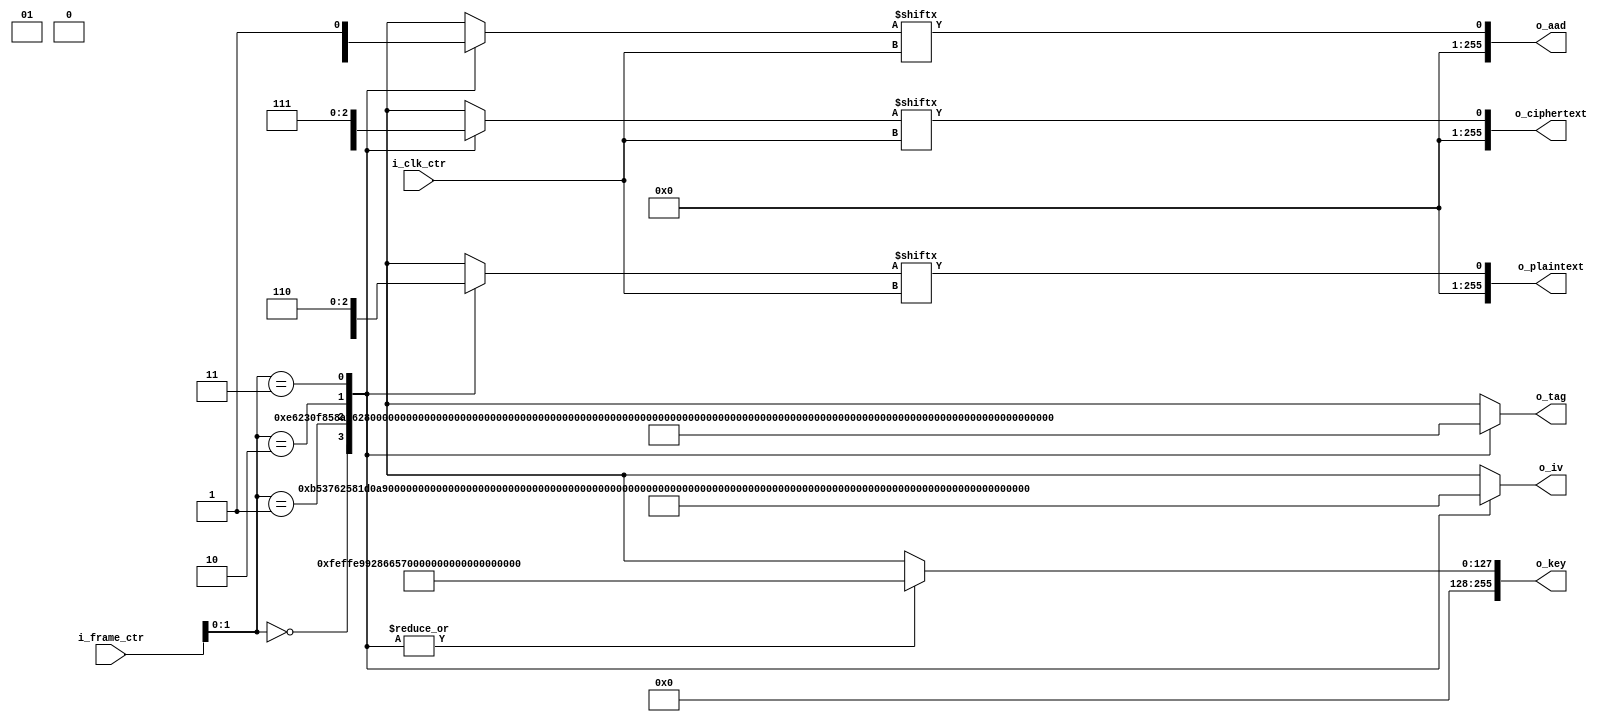
module gcm_aes_test_vector
#(
     //PARAMETERS.
     parameter       NB_BLOCK      =   128                      ,
     parameter       N_BLOCKS      =   2                        ,
     parameter       NB_DATA       =   N_BLOCKS*NB_BLOCK        ,
     parameter       NB_CLK_CTR    =   10                       ,
     parameter       LOG2_FRAMES   =   4
)
(
     // OUTPUTS.
     output  wire    [ NB_DATA-1:0       ]       o_key          ,
     output  wire    [ NB_BLOCK-1:0      ]       o_iv           ,
     output  wire    [ NB_DATA-1:0       ]       o_aad          ,
     output  wire    [ NB_DATA-1:0       ]       o_plaintext    ,
     output  wire    [ NB_DATA-1:0       ]       o_ciphertext   ,
     output  wire    [ NB_BLOCK-1:0      ]       o_tag          ,
     // INPUTS.
     input   wire    [ NB_CLK_CTR-1:0    ]       i_clk_ctr      ,
     input   wire    [ LOG2_FRAMES-1:0   ]       i_frame_ctr
);

// LOCALPARAMETERS.
// ----------------------------------------------------------------------------------------------------
// none so far

// INTERNAL SIGNALS.
// ----------------------------------------------------------------------------------------------------
wire     [ NB_BLOCK-1:0  ]           key         [ LOG2_FRAMES-1:0 ] ;
wire     [ NB_BLOCK-1:0  ]           iv          [ LOG2_FRAMES-1:0 ] ;
wire     [ NB_BLOCK-1:0  ]           aad         [ LOG2_FRAMES-1:0 ] ;
wire     [ NB_BLOCK-1:0  ]           plaintext   [ LOG2_FRAMES-1:0 ] ;
wire     [ NB_BLOCK-1:0  ]           ciphertext  [ LOG2_FRAMES-1:0 ] ;
wire     [ NB_BLOCK-1:0  ]           tag         [ LOG2_FRAMES-1:0 ] ;

// FRAME No. 0
// ===================================================================================================
assign   key[0]             =   256'hfeffe9928665731c6d6a8f9467308308feffe9928665731c6d6a8f9467308308;
assign   iv[0]              =   96'hb53762581d0a8e086d499caf;
assign   aad[0][0]          =   256'hcc26245b40cb0a647c7027c1201f743534e2a7cb7b142e2f12bd239ed3e869a4;
assign   tag[0]             =   128'he6230f858af62a7f27fbc1f98ef7aa8b;


// FRAME No. 1
// ===================================================================================================
assign   key[1]             =   256'hfeffe9928665731c6d6a8f9467308308feffe9928665731c6d6a8f9467308308;
assign   iv[1]              =   96'hc84c37e8e87ab06fd03e6d4e;
assign   aad[1][0]          =   256'h4d9cf2411bc08ae851024905fd34a70d007d1397bc25cb8a74c178d324ed46fa;
assign   plaintext[1][0]    =   128'h45d1a118b1b77de7d12313b2807d23a7;
assign   ciphertext[1][0]   =   128'hf9f58d836cbd843f59ca0ffc71bb1fb0;
assign   tag[1]             =   128'h44792e69d59427406e91400f9952943c;


// FRAME No. 2
// ===================================================================================================
assign   key[2]             =   256'hfeffe9928665731c6d6a8f9467308308feffe9928665731c6d6a8f9467308308;
assign   iv[2]              =   96'h0e2b22aa6b7ef8358e445b8e;
assign   aad[2][0]          =   256'h22d76473223361d310b7ff156ea52c7b03a621ae806eac36d85c93a1c4bd7306;
assign   plaintext[2][0]    =   128'ha50288915136b1fb4ef126302b113241;
assign   plaintext[2][1]    =   128'hb3049626f454de0b4dca811594155e63;
assign   ciphertext[2][0]   =   128'h7c29938f6b9f1eab22d167944cd90967;
assign   ciphertext[2][1]   =   128'h2e9d78383327f1c6941bb3e7c4dce9c2;
assign   tag[2]             =   128'h89413943d4b95a968fda4ebbbf76774b;


// FRAME No. 3
// ===================================================================================================
assign   key[3]             =   256'hfeffe9928665731c6d6a8f9467308308feffe9928665731c6d6a8f9467308308;
assign   iv[3]              =   96'h5e766a32f3bda8c8382a4c0d;
assign   aad[3][0]          =   256'h443cbad5de4563192b9367db9e17c6addb3e2233dea29c21a00ff4a71b8d10db;
assign   plaintext[3][0]    =   128'hee26b7a7a2708ac13f784ccc430cfeba;
assign   plaintext[3][1]    =   128'h823ca0574017bb306e58511deb9b696b;
assign   plaintext[3][2]    =   128'h3a182c473f33e51ef8f8eef96a54bbb1;
assign   ciphertext[3][0]   =   128'h352e6125531700b61813ff7fda6fcc7f;
assign   ciphertext[3][1]   =   128'h1a373159761864c2af934ebf01ea8907;
assign   ciphertext[3][2]   =   128'hc12479e7d34ae73f81e780ac0e85485b;
assign   tag[3]             =   128'hc2a8d671bf77b3e359e4f0ff824f6a7b;


// FRAME No. 4
// ===================================================================================================
assign   key[4]             =   256'hfeffe9928665731c6d6a8f9467308308feffe9928665731c6d6a8f9467308308;
assign   iv[4]              =   96'h727bb2ed57bd61e4dcd4ba5c;
assign   aad[4][0]          =   256'h211e4d3e8047be2baf9056ca6fef9cb9c189e4acc1872b7453c09235bae18257;
assign   plaintext[4][0]    =   128'h64c7ef624fadb225d73c3470b4a3fb65;
assign   plaintext[4][1]    =   128'h7fec778f6481a321f839abdf0b48f291;
assign   plaintext[4][2]    =   128'hcd0d665e4f844def6dace19795f6f7cd;
assign   plaintext[4][3]    =   128'hb4a4bff1e2405ba149550f0fd6256687;
assign   ciphertext[4][0]   =   128'h5e79a3344a47281a3d78f35aef84a7f4;
assign   ciphertext[4][1]   =   128'hdeea21b4850040e0f8c9355ffcce889d;
assign   ciphertext[4][2]   =   128'hc021c54d0b389ea0a950481024374f4b;
assign   ciphertext[4][3]   =   128'hcacfa65e7ff0cbd551e098fddef81964;
assign   tag[4]             =   128'hbdaa4c00f0c7ad913760f2d5551377d2;


// FRAME No. 5
// ===================================================================================================
assign   key[5]             =   256'hfeffe9928665731c6d6a8f9467308308feffe9928665731c6d6a8f9467308308;
assign   iv[5]              =   96'h26934de8e4df66727609a887;
assign   aad[5][0]          =   256'h41ceeb5ba1e80f9901cad08d29509158eb6ebb02b492c8abe1bb2e6b5b058285;
assign   plaintext[5][0]    =   128'hdfe2102b927af45167f3968c77b19778;
assign   plaintext[5][1]    =   128'hd0f7a396a42c4b04b23f1b27a90c9d4c;
assign   plaintext[5][2]    =   128'h23bdc953beba4067ddfdebce4ae26e17;
assign   plaintext[5][3]    =   128'h67243217f6d3ef45ce84529ade65e22a;
assign   plaintext[5][4]    =   128'hc8b160e63e2fb30ccdfd09a5082a49be;
assign   ciphertext[5][0]   =   128'h2f8a7388c5afeff709fca4eb9ac28392;
assign   ciphertext[5][1]   =   128'h77e038bf397c72844caba20a3e7b8bbf;
assign   ciphertext[5][2]   =   128'h21752c1d97fbe1bf4faa92080e0b2690;
assign   ciphertext[5][3]   =   128'h17774509e379c676b172be00f465397c;
assign   ciphertext[5][4]   =   128'h55799f9f832bbe1583c479cf20e623a7;
assign   tag[5]             =   128'h0a7b2d1f233e408e2e51fb1a4f8b665a;


// FRAME No. 6
// ===================================================================================================
assign   key[6]             =   256'hfeffe9928665731c6d6a8f9467308308feffe9928665731c6d6a8f9467308308;
assign   iv[6]              =   96'hf31e699c5aa3ccdc7a18b6e8;
assign   aad[6][0]          =   256'h45c49a552b63bc96e81c890f5b358425b766313aad33eab8e9a0c50d747e50e6;
assign   plaintext[6][0]    =   128'h8fdb1b5a1bce1ae170568cc0f23735a8;
assign   plaintext[6][1]    =   128'h0b115e00c98f4559929993a99a544277;
assign   plaintext[6][2]    =   128'he1c19db37337afc2d010937d20ddbc04;
assign   plaintext[6][3]    =   128'h406c961f070e6a2e041f4e90edece4d1;
assign   plaintext[6][4]    =   128'h018bde6c5ae743b8a2ec64bf5582ddbe;
assign   plaintext[6][5]    =   128'h7b34b10e90d9c59a8b73603fe57420aa;
assign   ciphertext[6][0]   =   128'h9d91855eab3a3a38e0ca3d97c4375fdf;
assign   ciphertext[6][1]   =   128'h17cc2163c26f0abf41d5e6a7740f00bc;
assign   ciphertext[6][2]   =   128'h085b9d102aaed565a1fb0766ebb5f56f;
assign   ciphertext[6][3]   =   128'h08c23df014f6fb436a0695345afc9ab9;
assign   ciphertext[6][4]   =   128'h9ca642ca767beb50e7223f66e1159639;
assign   ciphertext[6][5]   =   128'h0ddfdbc311f8c3b33e8a58ea62359fe8;
assign   tag[6]             =   128'he918d946e4de0e7218b86803f48b81e8;


// FRAME No. 7
// ===================================================================================================
assign   key[7]             =   256'hfeffe9928665731c6d6a8f9467308308feffe9928665731c6d6a8f9467308308;
assign   iv[7]              =   96'h22a5247190727744429e0576;
assign   aad[7][0]          =   256'h4e787163098768315d4c031a23c6b1ec9e21a765f939dfa4bbe1d162ae173ce9;
assign   plaintext[7][0]    =   128'hab942c68dd3123d1a1067e27b63da23a;
assign   plaintext[7][1]    =   128'he6bac8ed732b33943d9e9759ac19dfc1;
assign   plaintext[7][2]    =   128'h549c9886af6ab059fd0690c81569e015;
assign   plaintext[7][3]    =   128'h89bfca971e03717ad3ee6140cf6e2f1e;
assign   plaintext[7][4]    =   128'h6a739cd13e42b0a8b7eba20f3f70ba0c;
assign   plaintext[7][5]    =   128'h64f3475b3ad449bb3f0a4eee006fc292;
assign   plaintext[7][6]    =   128'hd713e79c00dc1e75b9b6fcc565a4ac4c;
assign   ciphertext[7][0]   =   128'hf7cdc053adcc38b5693408729bbf2c90;
assign   ciphertext[7][1]   =   128'h37b4bfa1a219f5c9ed6fc96aff86cef5;
assign   ciphertext[7][2]   =   128'h7d025aeaa03dc5dc2161f2e1bd740b78;
assign   ciphertext[7][3]   =   128'h056e1e874b2386a8e3de413794657680;
assign   ciphertext[7][4]   =   128'h89e05a389d7db91d8362edf57b2dd9b6;
assign   ciphertext[7][5]   =   128'h99ef7866bba052a8ff49f32daeea8847;
assign   ciphertext[7][6]   =   128'h4f9e21eea2d2d4f940bb81942732c596;
assign   tag[7]             =   128'h30202ad7427801882bd22782616c5d66;


// FRAME No. 8
// ===================================================================================================
assign   key[8]             =   256'hfeffe9928665731c6d6a8f9467308308feffe9928665731c6d6a8f9467308308;
assign   iv[8]              =   96'he8c36caa3012de50bfc75ea7;
assign   aad[8][0]          =   256'hd6d6d435d43fc7556fe08a1df914011c542644ad1901b6eca03a8074aaba61c7;
assign   plaintext[8][0]    =   128'h235e9199cf2b8480ab91341ea32738f4;
assign   plaintext[8][1]    =   128'h0e174f7c4989cf45e764495f90ed15c8;
assign   plaintext[8][2]    =   128'h561e074a6387e144881b169d3f50b96f;
assign   plaintext[8][3]    =   128'hf98edc0675660f8308503409770423fa;
assign   plaintext[8][4]    =   128'hbf6f6195d25aa1729df34cc0d1ec1e15;
assign   plaintext[8][5]    =   128'h6c3bbc4c9815fc38234176d680414518;
assign   plaintext[8][6]    =   128'h7bafc23e4b7bd69db2e3b9a2fbd6fde8;
assign   plaintext[8][7]    =   128'h12f65910200dea7f07ab65d0612086f1;
assign   ciphertext[8][0]   =   128'h2b1e975767e217532bb5ebd9d108f257;
assign   ciphertext[8][1]   =   128'h82392fc3d87c68db407f875f4dec69d2;
assign   ciphertext[8][2]   =   128'h15443c3949633ea845139ed9d50b3396;
assign   ciphertext[8][3]   =   128'h62b7f0b243f0a113e006cd2366895d26;
assign   ciphertext[8][4]   =   128'h3469bbae7ba791964f77c0181f4161ae;
assign   ciphertext[8][5]   =   128'ha07ae90712757bfb8ea8e61ac38655c5;
assign   ciphertext[8][6]   =   128'h46390529f2a6dfb77dc41ad9962c2171;
assign   ciphertext[8][7]   =   128'h59a8a2e9e42d2e4fdd66543d92582b93;
assign   tag[8]             =   128'hac57b0235d95cca217f7e2f54031fac1;


// FRAME No. 9
// ===================================================================================================
assign   key[9]             =   256'hfeffe9928665731c6d6a8f9467308308feffe9928665731c6d6a8f9467308308;
assign   iv[9]              =   96'h14cdb572f78c70c082a7dd02;
assign   aad[9][0]          =   256'h17dd6d04a03ab2069362b8d9c1286329948ae25a2058df04d2f790dc98cbc011;
assign   plaintext[9][0]    =   128'hac8bf7f02a18627fd9a2f77efd6ab4dc;
assign   plaintext[9][1]    =   128'h7b0dcf1eaf4bd5c6b56b3629abc12ccc;
assign   plaintext[9][2]    =   128'h9ed8972b49176ec6b430b189553c40d2;
assign   plaintext[9][3]    =   128'h84744ec2e5fe99c2984e0dc3ed4316f6;
assign   plaintext[9][4]    =   128'h8177e9d04a93be3602f454b8dc538195;
assign   plaintext[9][5]    =   128'hd8f2dab943d5eecee5f721084c28dcac;
assign   plaintext[9][6]    =   128'hdf34831eb046e61d2c038d4448bcb12d;
assign   plaintext[9][7]    =   128'h59c4ab7edca58716c81fabaffe1d6d2e;
assign   plaintext[9][8]    =   128'hd113715c58be2e0e0a608d3dde55b655;
assign   ciphertext[9][0]   =   128'h732402dc086a4e93a33969c9352f1e02;
assign   ciphertext[9][1]   =   128'hc1333d725b4a040abf8fccb5a3c14c57;
assign   ciphertext[9][2]   =   128'h27528729c3b5cf0e833777dd0b59b069;
assign   ciphertext[9][3]   =   128'h75af24c3e696fa280d000d17ba7a88f3;
assign   ciphertext[9][4]   =   128'h0f90b6881abf842f2eeaf055b5961b39;
assign   ciphertext[9][5]   =   128'hfe33dd9855befcce8c3c68281576ac4e;
assign   ciphertext[9][6]   =   128'hc0cdadb0f096dab07dd842eb5e011dba;
assign   ciphertext[9][7]   =   128'h7064ab3efe502d62e7d8620f6705eb57;
assign   ciphertext[9][8]   =   128'hade7d57cc31c13a1ab5a2a58359693f1;
assign   tag[9]             =   128'hd377689b3a39ec2da9c504e9d85bbabc;


// FRAME No. 10
// ===================================================================================================
assign   key[10]             =   256'h3006bef2467a4647859447c777ccb9a52c0b2ff75cc0974eda09e35a6bd0d909;
assign   iv[10]              =   96'hc31ec204828f9095e54f03b9;
assign   aad[10][0]          =   256'h26fd12b232c4ed4f1c20fe04f9b25a6b775e3155b77c688de9626004db77ea22;
assign   plaintext[10][0]    =   128'hb488e14d33184db46e7c8731ebb9df85;
assign   plaintext[10][1]    =   128'hbe0b7da213ec669c994756564afdf2f7;
assign   plaintext[10][2]    =   128'hb4d3795f94e3cffd574e4191715e2bef;
assign   plaintext[10][3]    =   128'hb4cede0448e21472eb170b2005675d8f;
assign   plaintext[10][4]    =   128'ha7f0fd80d79e8910d7368af92792e755;
assign   plaintext[10][5]    =   128'h33509f283359e2c26fbb9bcdc09ab608;
assign   plaintext[10][6]    =   128'h67784305cebfe2940d2d5d57d1f7af16;
assign   plaintext[10][7]    =   128'h28adb2786c31acc2b2ef2a7fc6237e3b;
assign   plaintext[10][8]    =   128'h071503fd1f6171d1770a7b75dc4d00f3;
assign   plaintext[10][9]    =   128'h5edbe4f98202cd95b46bb7fa1794aa89;
assign   ciphertext[10][0]   =   128'h2701cc86a1e973d8e8fa8bd80b5fb0bc;
assign   ciphertext[10][1]   =   128'h67e358194633404679d16a5290f3ba97;
assign   ciphertext[10][2]   =   128'hc2a394cbdeaa1a2807cbcc28bf37eb00;
assign   ciphertext[10][3]   =   128'h737654deb87a38c9e06f65f6833b064d;
assign   ciphertext[10][4]   =   128'h1523adc0ab180b06eb6a46a9a40cb481;
assign   ciphertext[10][5]   =   128'h628a227f3a0dcda72e3177af2f8da552;
assign   ciphertext[10][6]   =   128'hec271f5e633f8b52cf8a4b2ac81015de;
assign   ciphertext[10][7]   =   128'h5ab54b49d704c2ec17d87845b79b2f66;
assign   ciphertext[10][8]   =   128'h7214c37b76f3323d2388ef2537f99914;
assign   ciphertext[10][9]   =   128'h8c9978c414c506c7a03684d2101792a6;
assign   tag[10]             =   128'h88f6aa38f1abf9e5edeb29f65f417419;


// FRAME No. 11
// ===================================================================================================
assign   key[11]             =   256'h3006bef2467a4647859447c777ccb9a52c0b2ff75cc0974eda09e35a6bd0d909;
assign   iv[11]              =   96'h6d1389551ab8e0217ad6c2c5;
assign   aad[11][0]          =   256'h13415a068cea071e45e10c65326083be0cf25e36f843560b73f6d82eae1e6fe6;
assign   plaintext[11][0]    =   128'h15cbbb47f162884b28620b96e19286ad;
assign   plaintext[11][1]    =   128'h5358a66480150542c79a0cc78197b652;
assign   plaintext[11][2]    =   128'h56b3fdc11606a5ae9e9f927e79f2dffb;
assign   plaintext[11][3]    =   128'h2ff65e6652bf0c14840e397a50c73162;
assign   plaintext[11][4]    =   128'h8eff70405baa48b43048131079d6e458;
assign   plaintext[11][5]    =   128'h08251cff14101ec5cf0f590fa54475a9;
assign   plaintext[11][6]    =   128'hb0879c71b87118384f121231519fe357;
assign   plaintext[11][7]    =   128'hcc6f56455e8957972de9c468ae2cf5e6;
assign   plaintext[11][8]    =   128'haf923b4ed9ca51272ff4a79adebc0bf2;
assign   plaintext[11][9]    =   128'h0b70df4cbeb899fa821b83ae3f42da7a;
assign   plaintext[11][10]    =   128'h67b2cf0f40842904b15513d894ff1386;
assign   ciphertext[11][0]   =   128'h41ba408746474aaef94126d63d581ef5;
assign   ciphertext[11][1]   =   128'ha9d913f82f89c264163d9b55808418b0;
assign   ciphertext[11][2]   =   128'hcc5f74d6c41822537e6fb602700d69bc;
assign   ciphertext[11][3]   =   128'hd11c238c9e2be4a50cfee3704cafeef9;
assign   ciphertext[11][4]   =   128'h99e6fa70709ef3c27c5d56d5a6ab591c;
assign   ciphertext[11][5]   =   128'hb2215ac4e401be70ec3bf318a113a7cf;
assign   ciphertext[11][6]   =   128'h39370b01ee1e3b6b80e3a93baa5b91c4;
assign   ciphertext[11][7]   =   128'hf1bfa163a4bab562ab065cd5c58d9e6a;
assign   ciphertext[11][8]   =   128'h3889640569c396010baab93993f75011;
assign   ciphertext[11][9]   =   128'h29e197a6f046ed61b1f28a78867f2bb7;
assign   ciphertext[11][10]   =   128'h08b763e4a1edf50c68d72dc65363ae44;
assign   tag[11]             =   128'h0cbcb23c79e5d0ffc620e5a420d42f0d;


// FRAME No. 12
// ===================================================================================================
assign   key[12]             =   256'h3006bef2467a4647859447c777ccb9a52c0b2ff75cc0974eda09e35a6bd0d909;
assign   iv[12]              =   96'h30cd8190a99a3a3815e75926;
assign   aad[12][0]          =   256'h1b8c436572de7551968f7a520202275f8892892724559daa3e0bfcd9dec9f7f4;
assign   plaintext[12][0]    =   128'hec03f912e4bbe63f62a48f71cc940b42;
assign   plaintext[12][1]    =   128'h9473d51d2246c56e17f074271648890f;
assign   plaintext[12][2]    =   128'h66c461ba53d90a4c21eb7ec304f3ce80;
assign   plaintext[12][3]    =   128'h920e69f38fc8c6d059df0170b54b5e56;
assign   plaintext[12][4]    =   128'h6ab9723a7cd0a1f46e79cff76e328945;
assign   plaintext[12][5]    =   128'hfbc1a7668b79bf385c017c5a98d8cbb0;
assign   plaintext[12][6]    =   128'h63d09c1ab6a5dd09140731121e5a0dcd;
assign   plaintext[12][7]    =   128'h0bbb76fc3b3b537414fc19f20654a475;
assign   plaintext[12][8]    =   128'h7a186e6b1f7a6a0db841b5d9dadee4ee;
assign   plaintext[12][9]    =   128'h4b28e99faacfa122741e3376537b7d09;
assign   plaintext[12][10]    =   128'h8153944c8fb25ea8b41f31d1604d0a96;
assign   plaintext[12][11]    =   128'h6720345158468360bc4d35486920102e;
assign   ciphertext[12][0]   =   128'hf73402ef5cdee45e92772202cb24f69b;
assign   ciphertext[12][1]   =   128'h4d976b04b9b11df3ab4a2038b03b996f;
assign   ciphertext[12][2]   =   128'hf844310b7a5139d366c93fc848341955;
assign   ciphertext[12][3]   =   128'h113820973358df2e315cec2dd100b5cb;
assign   ciphertext[12][4]   =   128'hcf6b8894ef944a6a72bba7659112f066;
assign   ciphertext[12][5]   =   128'hd9338a1e9dc612a9adeb0f1c9a7b2ada;
assign   ciphertext[12][6]   =   128'h780f8a4e0ec242889b69eed27b456584;
assign   ciphertext[12][7]   =   128'h6e5795234c6a074c1eb55103c9953b4e;
assign   ciphertext[12][8]   =   128'hc0ecac051d9626d124c1469ea7af76d2;
assign   ciphertext[12][9]   =   128'h07e8440ecb587b31929ab8d4df967076;
assign   ciphertext[12][10]   =   128'h430242c7a971847a31121067bc6efff6;
assign   ciphertext[12][11]   =   128'h0b343cd38aa224faed4d2bc6c99ad28f;
assign   tag[12]             =   128'hf9987f02f28b5868b3c54dbee79a7754;


// FRAME No. 13
// ===================================================================================================
assign   key[13]             =   256'h3006bef2467a4647859447c777ccb9a52c0b2ff75cc0974eda09e35a6bd0d909;
assign   iv[13]              =   96'h34fc8a1a1db002ef348c6d6f;
assign   aad[13][0]          =   256'ha623e306a3a861571405df1dd618dabae703f47ef23c79f8094b3c56854110ed;
assign   plaintext[13][0]    =   128'h31c676b458c274dbc12ba2d84a17fcad;
assign   plaintext[13][1]    =   128'h1042cf9e2c770f42f1a7c20501c388a1;
assign   plaintext[13][2]    =   128'h8da1df0c90f4bca1727aba5cf4c55b47;
assign   plaintext[13][3]    =   128'hc7209e9ef52e6eaed5c1e8bfc370e7ec;
assign   plaintext[13][4]    =   128'hc66652215b29b706b45ca66a7efd15ae;
assign   plaintext[13][5]    =   128'h2ed7c7bba9148daa8b6b46c43ad76ff4;
assign   plaintext[13][6]    =   128'h63bd56096ef46a38852e4706b2275797;
assign   plaintext[13][7]    =   128'hbba7abb2be7f67e162524167ec65d1c3;
assign   plaintext[13][8]    =   128'h4943a2766b6ab636c7e43c1141c6c4dd;
assign   plaintext[13][9]    =   128'ha85a737921b0733cc5075d3ab9401768;
assign   plaintext[13][10]    =   128'h354f91dbdf8e2ac78c6ad1a77d88d0f9;
assign   plaintext[13][11]    =   128'h44ea5c3f2f3f87030b47b9cd065c659e;
assign   plaintext[13][12]    =   128'h0d8e0f345fd3b2c5e2dc94505fb82424;
assign   ciphertext[13][0]   =   128'hebad1ffdda1bb5679274eb0de9ee75a5;
assign   ciphertext[13][1]   =   128'hb85cc0334d9a1cbe4a21129ae37cd131;
assign   ciphertext[13][2]   =   128'h864d1a8df9e7af05054eb96340f055ab;
assign   ciphertext[13][3]   =   128'h4a38f75d8e2dd138a4b7062f762b551f;
assign   ciphertext[13][4]   =   128'hcd0e10dd096ad9957e10ff8ed77225d3;
assign   ciphertext[13][5]   =   128'h52da00bc2f688293275f04f821623053;
assign   ciphertext[13][6]   =   128'h86684b187644f398d9e92010aa680958;
assign   ciphertext[13][7]   =   128'h3d74867bf6ae8674288bfbfdfcb3f33f;
assign   ciphertext[13][8]   =   128'h62df0bcab3ba9b3c2985cb19cd755b8e;
assign   ciphertext[13][9]   =   128'h903336f22b38ac0d70966a84f4788143;
assign   ciphertext[13][10]   =   128'h6568e46aefbfae7524b3c2563dba609f;
assign   ciphertext[13][11]   =   128'hc783cd1477b158960a4b4e4bd9ba70f0;
assign   ciphertext[13][12]   =   128'hfac8d4ac5c078d8f0869d67c602e08cf;
assign   tag[13]             =   128'h4a4c50708310250aa9c3b16d9deb3dc8;


// FRAME No. 14
// ===================================================================================================
assign   key[14]             =   256'h3006bef2467a4647859447c777ccb9a52c0b2ff75cc0974eda09e35a6bd0d909;
assign   iv[14]              =   96'h3172b37f3269c1ba859008dc;
assign   aad[14][0]          =   256'h8c28862bdd2a97607315c78f36f19b9abfc8d26930d8cc9a8ccfa55454e9b7e0;
assign   plaintext[14][0]    =   128'h047e9ce40de810b3caa24a7b6a00c990;
assign   plaintext[14][1]    =   128'hb690bf4d6d1a6d501190fe3696b4f0d7;
assign   plaintext[14][2]    =   128'h75356be64a8f6f1e1cfcbd367ceca630;
assign   plaintext[14][3]    =   128'hb88b78b9fee274fbb13df17de69984f8;
assign   plaintext[14][4]    =   128'h9051cc18ff4430905166214b36f8be3a;
assign   plaintext[14][5]    =   128'h94a49a7e1d798548e5babae97f849cbd;
assign   plaintext[14][6]    =   128'hccec3e1d20d42dc20b7236a652447f1e;
assign   plaintext[14][7]    =   128'hf971701f45c67410da7690b57e0c08ee;
assign   plaintext[14][8]    =   128'hb4f23b77ef82790d133917b02a74aeb0;
assign   plaintext[14][9]    =   128'h5c8bc25fb88a07005ed0ec425eb70e5b;
assign   plaintext[14][10]    =   128'h18482f86b58d8c8ea2a1c714dd3f7cbd;
assign   plaintext[14][11]    =   128'h5a943b2c952d2c23b0d643c686d41093;
assign   plaintext[14][12]    =   128'he3fe3c19a6033fbb515e4c2631638a59;
assign   plaintext[14][13]    =   128'h13c07fed8395da2c3a35506c189fae98;
assign   ciphertext[14][0]   =   128'hc61595952a9e2181b28f7cbd378d30d7;
assign   ciphertext[14][1]   =   128'h3661dc7072ff19467950ca33988f0e60;
assign   ciphertext[14][2]   =   128'h076e2f8e7927068e1bc96ab9febcf9e6;
assign   ciphertext[14][3]   =   128'hff211c166eb77366d51ebe46dd7f7127;
assign   ciphertext[14][4]   =   128'h1050217bf6e97d75b89a935344de61b2;
assign   ciphertext[14][5]   =   128'h4d4c4f6d42d5bd33932cb3d4ba64b52e;
assign   ciphertext[14][6]   =   128'h450addad4ad31150b63b15b8f5437aa4;
assign   ciphertext[14][7]   =   128'h5f2b31d342b283f9ce97b92b5658ffed;
assign   ciphertext[14][8]   =   128'hfb3d16308a79e74a7524a712cb91cc0b;
assign   ciphertext[14][9]   =   128'h0263eed5c1d424c67915c00c8f1c8641;
assign   ciphertext[14][10]   =   128'hfb91b797706264536bc9d0191a9c8763;
assign   ciphertext[14][11]   =   128'he1fb7eba1c698cbec5a697188f927900;
assign   ciphertext[14][12]   =   128'hcdadefaa8a15ed7174d8cf2ae9767553;
assign   ciphertext[14][13]   =   128'h65cee925dd24ac8d9c7038f4794bea40;
assign   tag[14]             =   128'h2892df67efe291de44183073b39a8704;


assign   o_key          = key[i_frame_ctr]                      ;
assign   o_iv           = iv[i_frame_ctr]                       ;
assign   o_aad          = aad[i_frame_ctr][i_clk_ctr]           ;
assign   o_plaintext    = plaintext[i_frame_ctr][i_clk_ctr]     ;
assign   o_ciphertext   = ciphertext[i_frame_ctr][i_clk_ctr]    ;
assign   o_tag          = tag[i_frame_ctr]                      ;

endmodule